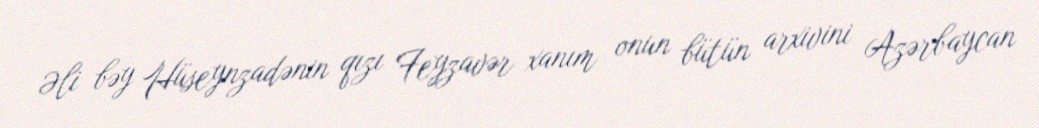
Əli bəy Hüseynzadənin qızı Feyzavər xanım onun bütün arxivini Azərbaycan